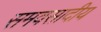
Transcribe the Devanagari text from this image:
समवसादीय